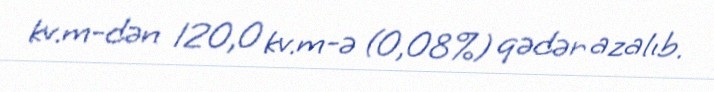
kv.m-dən 120,0 kv.m-ə (0,08%) qədər azalıb.